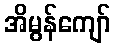
အိမွန်ကျော်